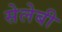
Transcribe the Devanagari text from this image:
सेलेबी